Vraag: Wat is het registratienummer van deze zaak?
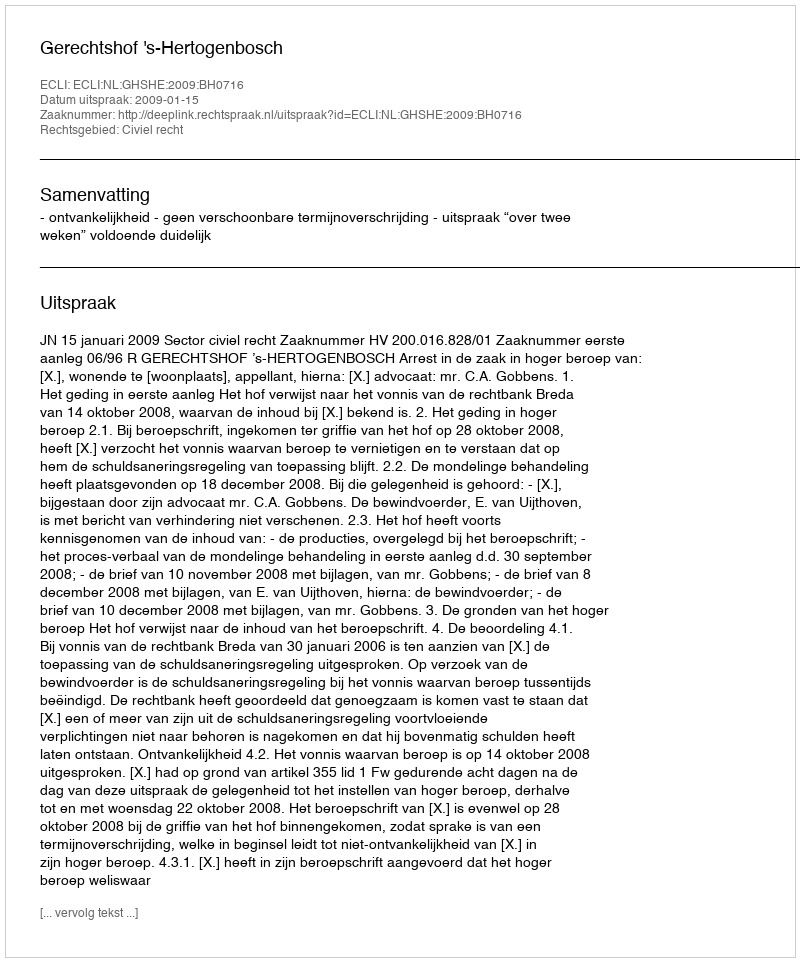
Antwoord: http://deeplink.rechtspraak.nl/uitspraak?id=ECLI:NL:GHSHE:2009:BH0716